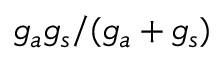
g _ { a } g _ { s } / ( g _ { a } + g _ { s } )